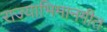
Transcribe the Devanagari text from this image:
राज्याभिमानगीत